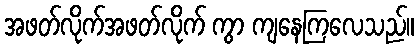
အဖတ်လိုက်အဖတ်လိုက် ကွာ ကျနေကြလေသည်။